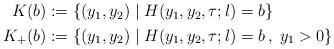
LaTeX: \begin{align*}\begin{aligned} K(b) & :=\{(y_1,y_2) \mid H(y_1,y_2,\tau;l)=b \} \\ K_+(b) & :=\{(y_1,y_2) \mid H(y_1,y_2,\tau;l)=b \, , \; y_1>0 \} \end{aligned}\end{align*}